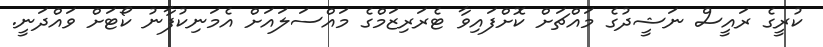
ކުރީގެ ރައީސް ނަޝީދުގެ މައްޗަށް ކޮށްފައިވާ ޓެރަރިޒަމްގެ މައްސަލައަށް އެމަނިކުފާނު ކޯޓަށް ވައްދަނީ.